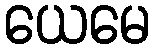
ယေမေ